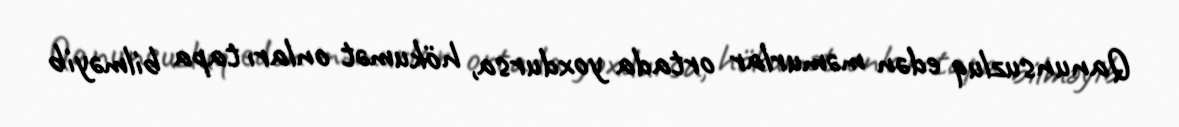
Qanunsuzluq edən məmurlar ortada yoxdursa, hökumət onları tapa bilməyib